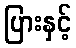
ပြားနှင့်